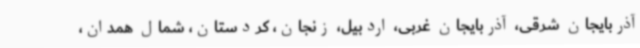
آذربایجان شرقی‌، آذربایجان غربی، اردبیل، زنجان، کردستان، شمال همدان،